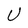
Character: U